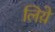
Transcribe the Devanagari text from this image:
लिय़े